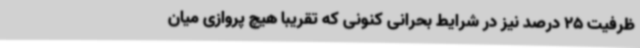
ظرفیت 25 درصد نیز در شرایط بحرانی کنونی که تقریبا هیچ پروازی میان